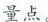
量点，